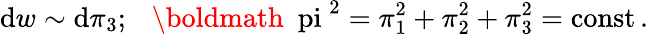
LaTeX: \mathrm{d}w\sim\mathrm{d}\pi_{3};\ \ \ \mathrm{{{\boldmath~\ pi~}}}^{2}=\pi_{1}^{2}+\pi_{2}^{2}+\pi_{3}^{2}=\mathrm{{const}}\, .